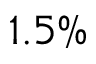
1 . 5 \%